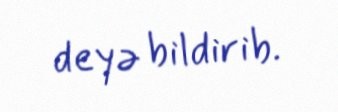
deyə bildirib.